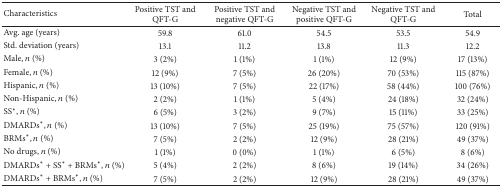
<table><thead><tr><td><b>Characteristics</b></td><td><b>Positive TST and QFT-G</b></td><td><b>Positive TST and negative QFT-G</b></td><td><b>Negative TST and positive QFT-G</b></td><td><b>Negative TST and QFT-G</b></td><td><b>Total</b></td></tr></thead><tbody><tr><td>Avg. age (years)</td><td>59.8</td><td>61.0</td><td>54.5</td><td>53.5</td><td>54.9</td></tr><tr><td>Std. deviation (years)</td><td>13.1</td><td>11.2</td><td>13.8</td><td>11.3</td><td>12.2</td></tr><tr><td>Male, <i>n</i> (%)</td><td>3 (2%)</td><td>1 (1%)</td><td>1 (1%)</td><td>12 (9%)</td><td>17 (13%)</td></tr><tr><td>Female, <i>n</i> (%)</td><td>12 (9%)</td><td>7 (5%)</td><td>26 (20%)</td><td>70 (53%)</td><td>115 (87%)</td></tr><tr><td>Hispanic, <i>n</i> (%)</td><td>13 (10%)</td><td>7 (5%)</td><td>22 (17%)</td><td>58 (44%)</td><td>100 (76%)</td></tr><tr><td>Non-Hispanic, <i>n</i> (%)</td><td>2 (2%)</td><td>1 (1%)</td><td>5 (4%)</td><td>24 (18%)</td><td>32 (24%)</td></tr><tr><td> SS<sup><i>∗</i></sup>, <i>n</i> (%)</td><td>6 (5%)</td><td>3 (2%)</td><td>9 (7%)</td><td>15 (11%)</td><td>33 (25%)</td></tr><tr><td>DMARDs<sup><i>∗</i></sup>, <i>n</i> (%)</td><td>13 (10%)</td><td>7 (5%)</td><td>25 (19%)</td><td>75 (57%)</td><td>120 (91%)</td></tr><tr><td>BRMs<sup><i>∗</i></sup>, <i>n</i> (%)</td><td>7 (5%)</td><td>2 (2%)</td><td>12 (9%)</td><td>28 (21%)</td><td>49 (37%)</td></tr><tr><td>No drugs, <i>n</i> (%)</td><td>1 (1%)</td><td>0 (0%)</td><td>1 (1%)</td><td>6 (5%)</td><td>8 (6%)</td></tr><tr><td>DMARDs<sup><i>∗</i></sup> + SS<sup><i>∗</i></sup> + BRMs<sup><i>∗</i></sup>, <i>n</i> (%)</td><td>5 (4%)</td><td>2 (2%)</td><td>8 (6%)</td><td>19 (14%)</td><td>34 (26%)</td></tr><tr><td>DMARDs<sup><i>∗</i></sup> + BRMs<sup><i>∗</i></sup>, <i>n</i> (%)</td><td>7 (5%)</td><td>2 (2%)</td><td>12 (9%)</td><td>28 (21%)</td><td>49 (37%)</td></tr></tbody></table>